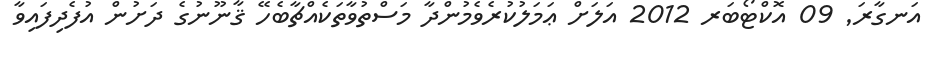
އަނގާރަ